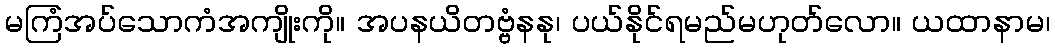
မကြံအပ်သောကံအကျိုးကို။ အပနယိတဗ္ဗံနနု၊ ပယ်နိုင်ရမည်မဟုတ်လော။ ယထာနာမ၊